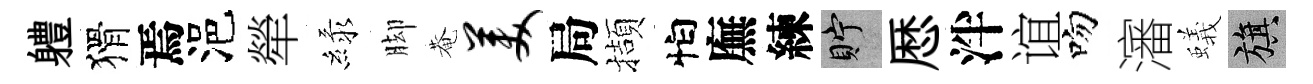
軆猾焉浥犖緑脚菴美局擷怕廡練貯厯泮谊吻瀋蟻旗